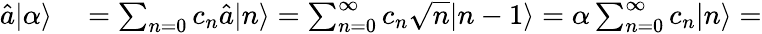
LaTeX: \begin{array}{rl}{\hat{a}|\alpha\rangle}&{{}=\sum_{n=0}c_{n}\hat{a}|n\rangle=\sum_{n=0}^{\infty}c_{n}\sqrt{n}|n-1\rangle=\alpha\sum_{n=0}^{\infty}c_{n}|n\rangle=}\end{array}